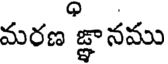
మరణ జ్ఞానము